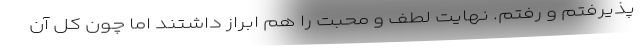
پذیرفتم و رفتم. نهایت لطف و محبت را هم ابراز داشتند اما چون کل آن